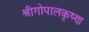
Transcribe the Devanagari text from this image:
श्रीगोपालकृष्ण